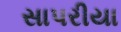
સાપરીયા